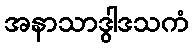
အနာသာဒွါဒသကံ